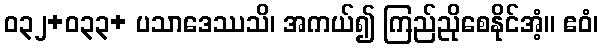
ဝ၃၂+ဝ၃၃+ ပသာဒေဿသိ၊ အကယ်၍ ကြည်ညိုစေနိုင်အံ့။ ဧဝံ၊